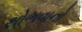
થોભવાનો